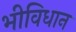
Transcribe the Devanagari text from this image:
भीविधान